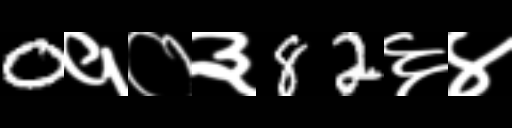
Text: 0१०३82६४